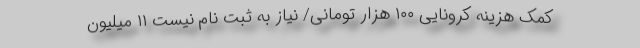
کمک هزینه کرونایی ۱۰۰ هزار تومانی/ نیاز به ثبت نام نیست ۱۱ میلیون